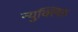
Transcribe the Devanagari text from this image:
न्युक्लिड